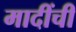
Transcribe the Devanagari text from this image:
मादींची